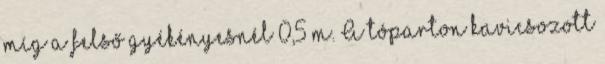
míg a felső gyékényesnél 0,5 m. A tóparton kavicsozott